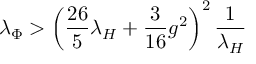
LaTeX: \lambda _ { \Phi } > \left( { \frac { 2 6 } { 5 } } \lambda _ { H } + { \frac { 3 } { 1 6 } } g ^ { 2 } \right) ^ { 2 } { \frac { 1 } { \lambda _ { H } } }